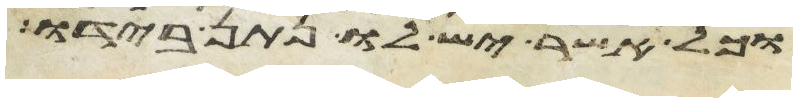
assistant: וכל אשר יש לו נתן בידו